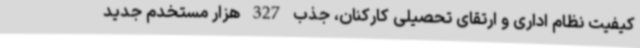
کیفیت نظام اداری و ارتقای تحصیلی کارکنان، جذب 327 هزار مستخدم جدید